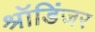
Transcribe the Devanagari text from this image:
श्रॉडिंजर